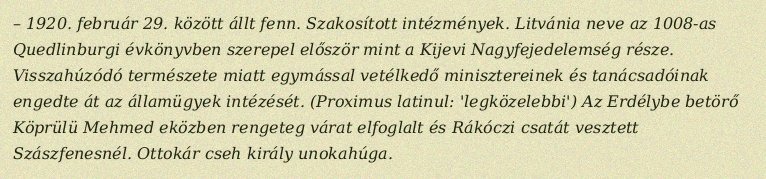
– 1920. február 29. között állt fenn. Szakosított intézmények. Litvánia neve az 1008-as Quedlinburgi évkönyvben szerepel először mint a Kijevi Nagyfejedelemség része. Visszahúzódó természete miatt egymással vetélkedő minisztereinek és tanácsadóinak engedte át az államügyek intézését. (Proximus latinul: 'legközelebbi') Az Erdélybe betörő Köprülü Mehmed eközben rengeteg várat elfoglalt és Rákóczi csatát vesztett Szászfenesnél. Ottokár cseh király unokahúga.